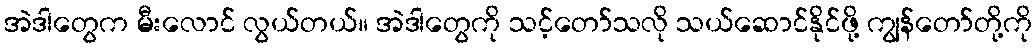
အဲဒါတွေက မီးလောင် လွယ်တယ်။ အဲဒါတွေကို သင့်တော်သလို သယ်ဆောင်နိုင်ဖို့ ကျွန်တော်တို့ကို